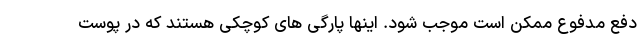
دفع مدفوع ممکن است موجب شود. اینها پارگی های کوچکی هستند که در پوست